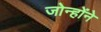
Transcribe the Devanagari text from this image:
जोन्होंने